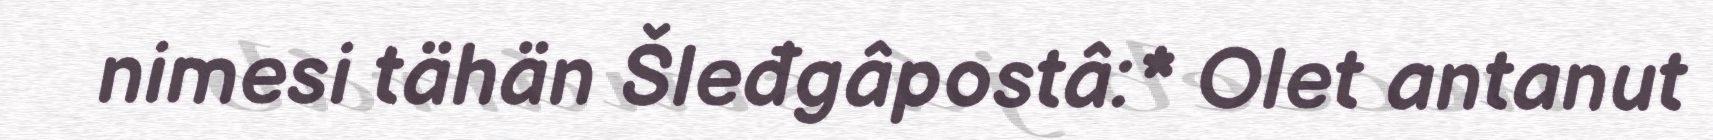
nimesi tähän Šleđgâpostâ:* Olet antanut